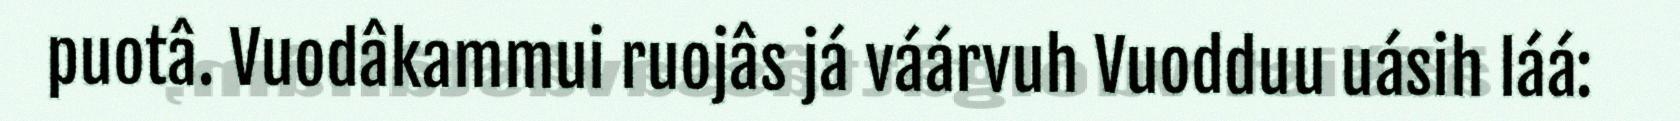
puotâ. Vuodâkammui ruojâs já váárvuh Vuodduu uásih láá: